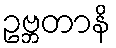
ဥဗ္ဘတာနိ